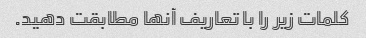
کلمات زیر را با تعاریف آنها مطابقت دهید.